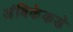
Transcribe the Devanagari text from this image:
अंबिकेकडे